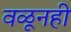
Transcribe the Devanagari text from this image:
वळूनही